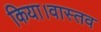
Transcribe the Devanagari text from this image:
किया।वास्तव